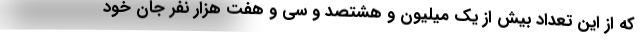
که از این تعداد بیش از یک میلیون و هشتصد و سی و هفت هزار نفر جان خود